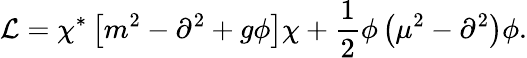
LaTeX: {\cal L}=\chi^{\ast}\left[m^{2}-\partial^{2}+g\phi\right]\chi+\frac{1}{2}\phi\left(\mu^{2}-\partial^{2}\right)\phi.